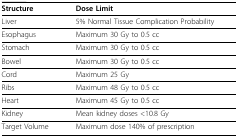
<table><thead><tr><td><b>Structure</b></td><td><b>Dose Limit</b></td></tr></thead><tbody><tr><td>Liver</td><td>5% Normal Tissue Complication Probability</td></tr><tr><td>Esophagus</td><td>Maximum 30 Gy to 0.5 cc</td></tr><tr><td>Stomach</td><td>Maximum 30 Gy to 0.5 cc</td></tr><tr><td>Bowel</td><td>Maximum 30 Gy to 0.5 cc</td></tr><tr><td>Cord</td><td>Maximum 25 Gy</td></tr><tr><td>Ribs</td><td>Maximum 48 Gy to 0.5 cc</td></tr><tr><td>Heart</td><td>Maximum 45 Gy to 0.5 cc</td></tr><tr><td>Kidney</td><td>Mean kidney doses &lt;10.8 Gy</td></tr><tr><td>Target Volume</td><td>Maximum dose 140% of prescription</td></tr></tbody></table>